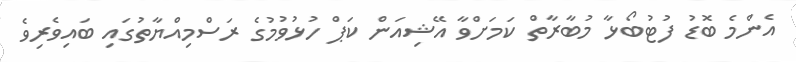
އެންމެ ބޮޑު ފުޓުބޯޅާ މުބާރާތް ކަމަށްވާ އޭޝިއަން ކަޕް ހުޅުވުމުގެ ރަސްމިއްޔާތުގައި ބައިވެރިވެ